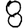
Digit: 8